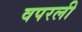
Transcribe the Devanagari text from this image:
वपरली